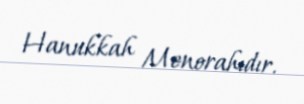
Hanukkah Menorahıdır.